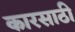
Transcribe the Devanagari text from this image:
कारसाठी